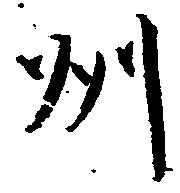
州